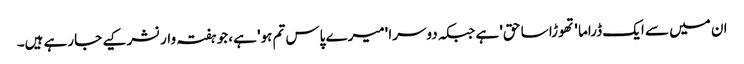
ان میں سے ایک ڈراما 'تھوڑا سا حق' ہے جبکہ دوسرا 'میرے پاس تم ہو' ہے، جو ہفتہ وار نشر کیے جارہے ہیں۔